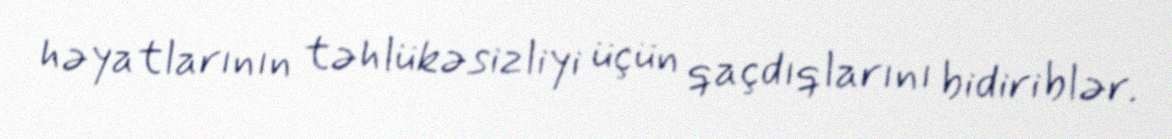
həyatlarının təhlükəsizliyi üçün qaçdıqlarını bidiriblər.